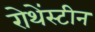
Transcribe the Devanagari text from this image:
रोथेंस्टीन